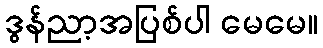
ဒွန်ညာ့အပြစ်ပါ မေမေ။